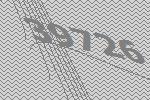
39726